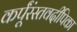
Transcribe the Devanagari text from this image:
कर्पूंरंस्तवदीपिका